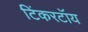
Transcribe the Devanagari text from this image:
टिंकरटॉय